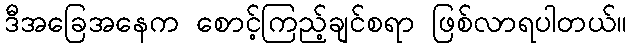
ဒီအခြေအနေက စောင့်ကြည့်ချင်စရာ ဖြစ်လာရပါတယ်။